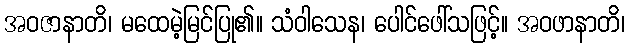
အဝဇာနာတိ၊ မထေမဲ့မြင်ပြု၏။ သံဝါသေန၊ ပေါင်ဖေါ်သဖြင့်။ အဝဖာနာတိ၊